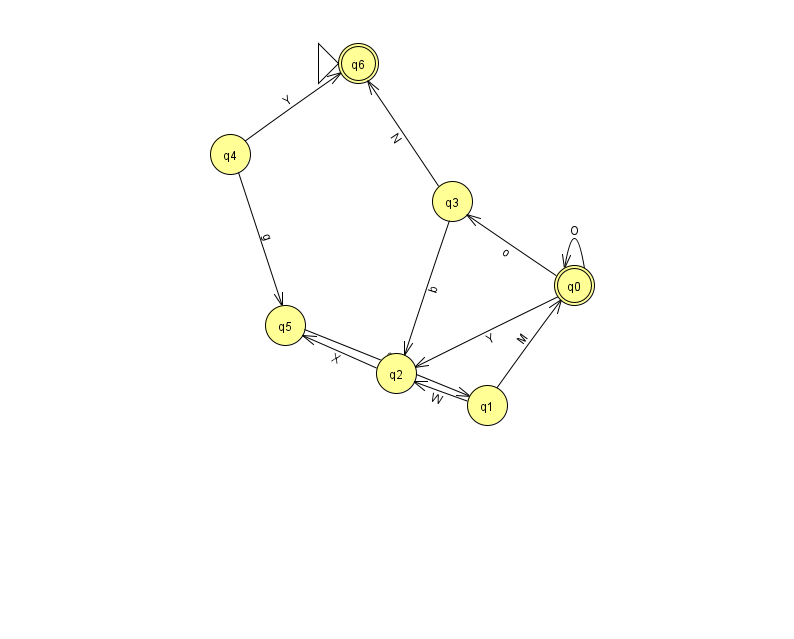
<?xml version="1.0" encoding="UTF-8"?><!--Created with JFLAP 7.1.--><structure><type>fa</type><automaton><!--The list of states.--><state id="0" name="q0"><x>574.0</x><y>272.0</y><final/></state><state id="1" name="q1"><x>487.0</x><y>392.0</y></state><state id="2" name="q2"><x>396.0</x><y>360.0</y></state><state id="3" name="q3"><x>452.0</x><y>188.0</y></state><state id="4" name="q4"><x>230.0</x><y>141.0</y></state><state id="5" name="q5"><x>285.0</x><y>312.0</y></state><state id="6" name="q6"><x>358.0</x><y>50.0</y><initial/><final/></state><!--The list of transitions.--><transition><from>1</from><to>2</to><read>W</read></transition><transition><from>0</from><to>3</to><read>o</read></transition><transition><from>2</from><to>5</to><read>X</read></transition><transition><from>4</from><to>6</to><read>Y</read></transition><transition><from>3</from><to>6</to><read>N</read></transition><transition><from>1</from><to>0</to><read>M</read></transition><transition><from>4</from><to>5</to><read>g</read></transition><transition><from>0</from><to>2</to><read>Y</read></transition><transition><from>3</from><to>2</to><read>b</read></transition><transition><from>0</from><to>0</to><read>O</read></transition><transition><from>5</from><to>1</to><read>e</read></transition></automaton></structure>